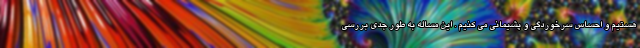
هستیم و احساس سرخوردگی و پشیمانی می کنیم . این مساله به طور جدی بررسی